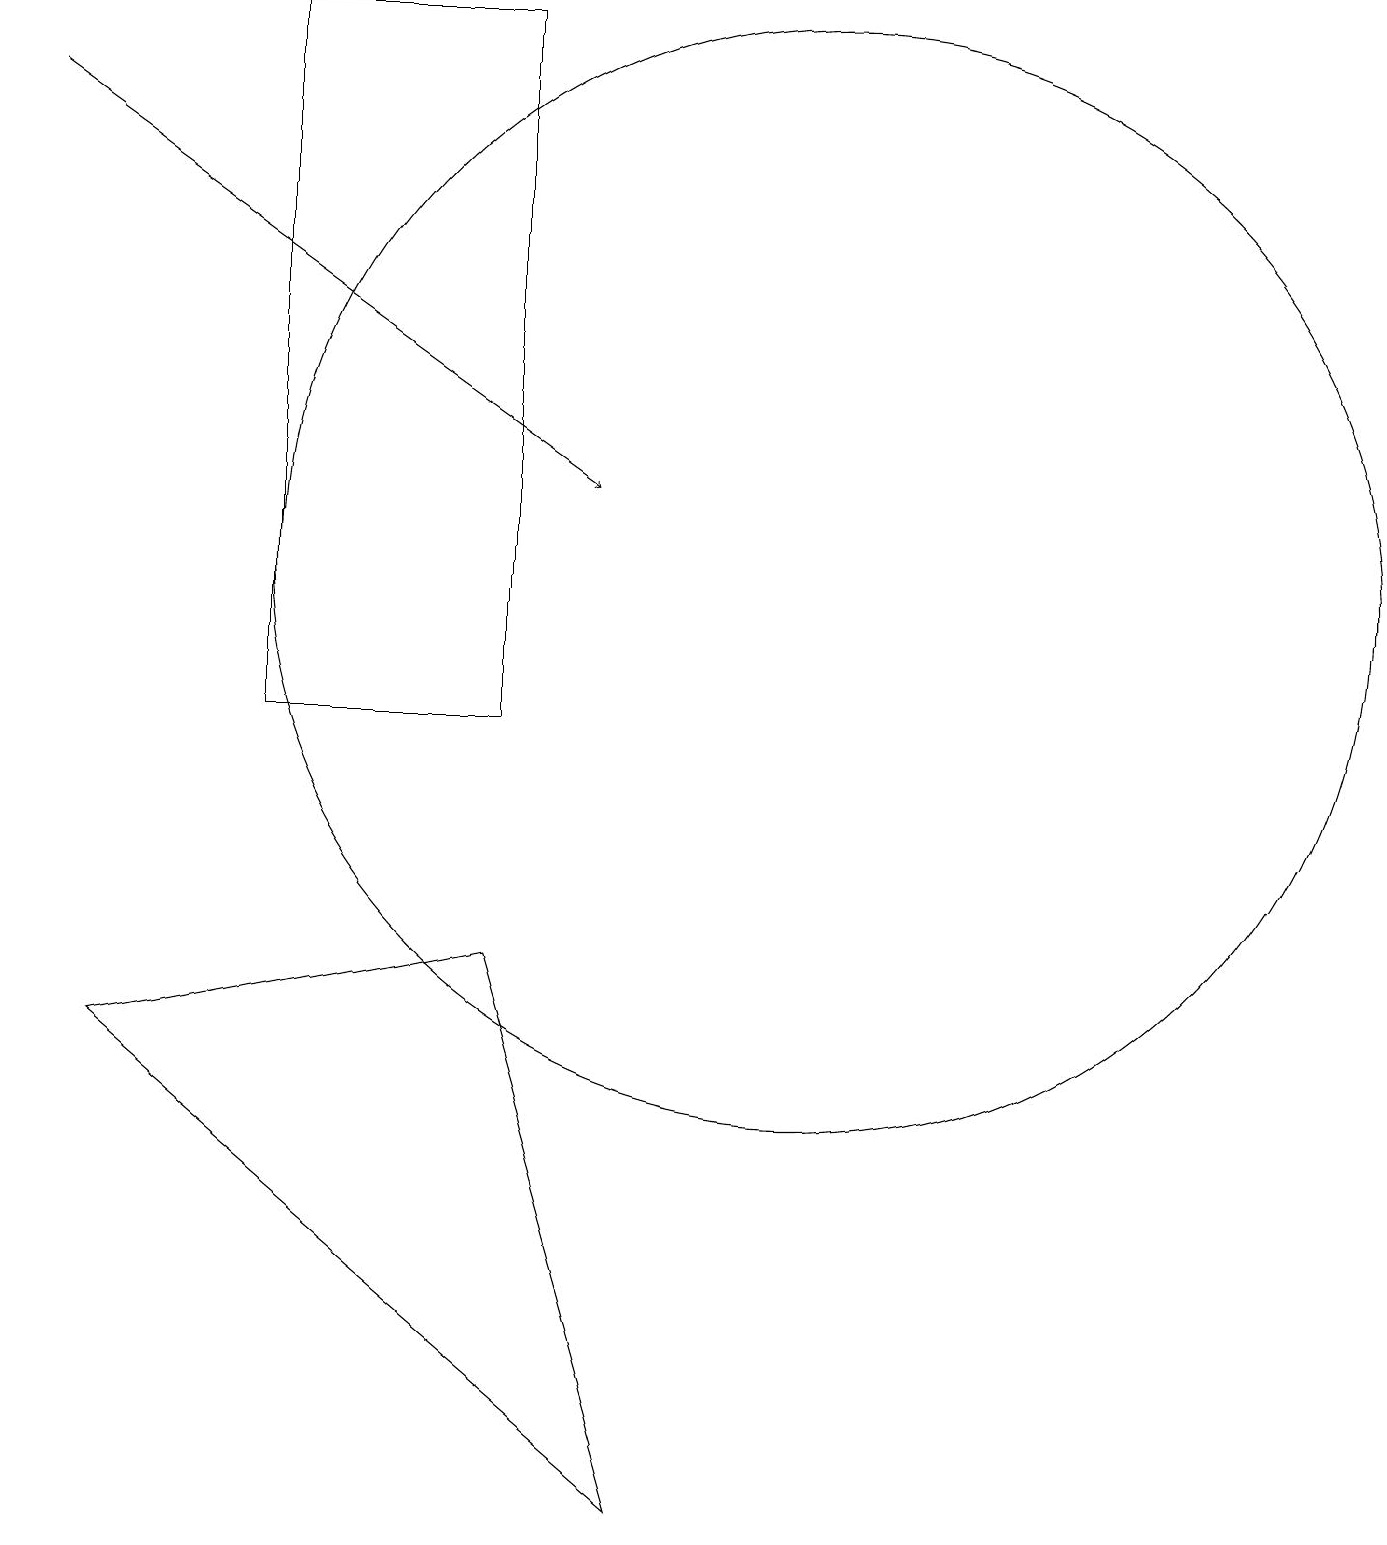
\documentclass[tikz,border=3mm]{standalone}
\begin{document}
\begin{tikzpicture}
\draw (10,12) circle (7);
\draw[->] (0,18) -- (7,13);
\draw (3,10) rectangle (6,19);
\draw (1,6) -- (8,0) -- (6,7) -- cycle;
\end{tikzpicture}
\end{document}